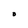
Character: O